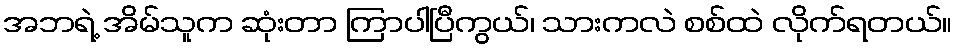
အဘရဲ့ အိမ်သူက ဆုံးတာ ကြာပါပြီကွယ်၊ သားကလဲ စစ်ထဲ လိုက်ရတယ်။